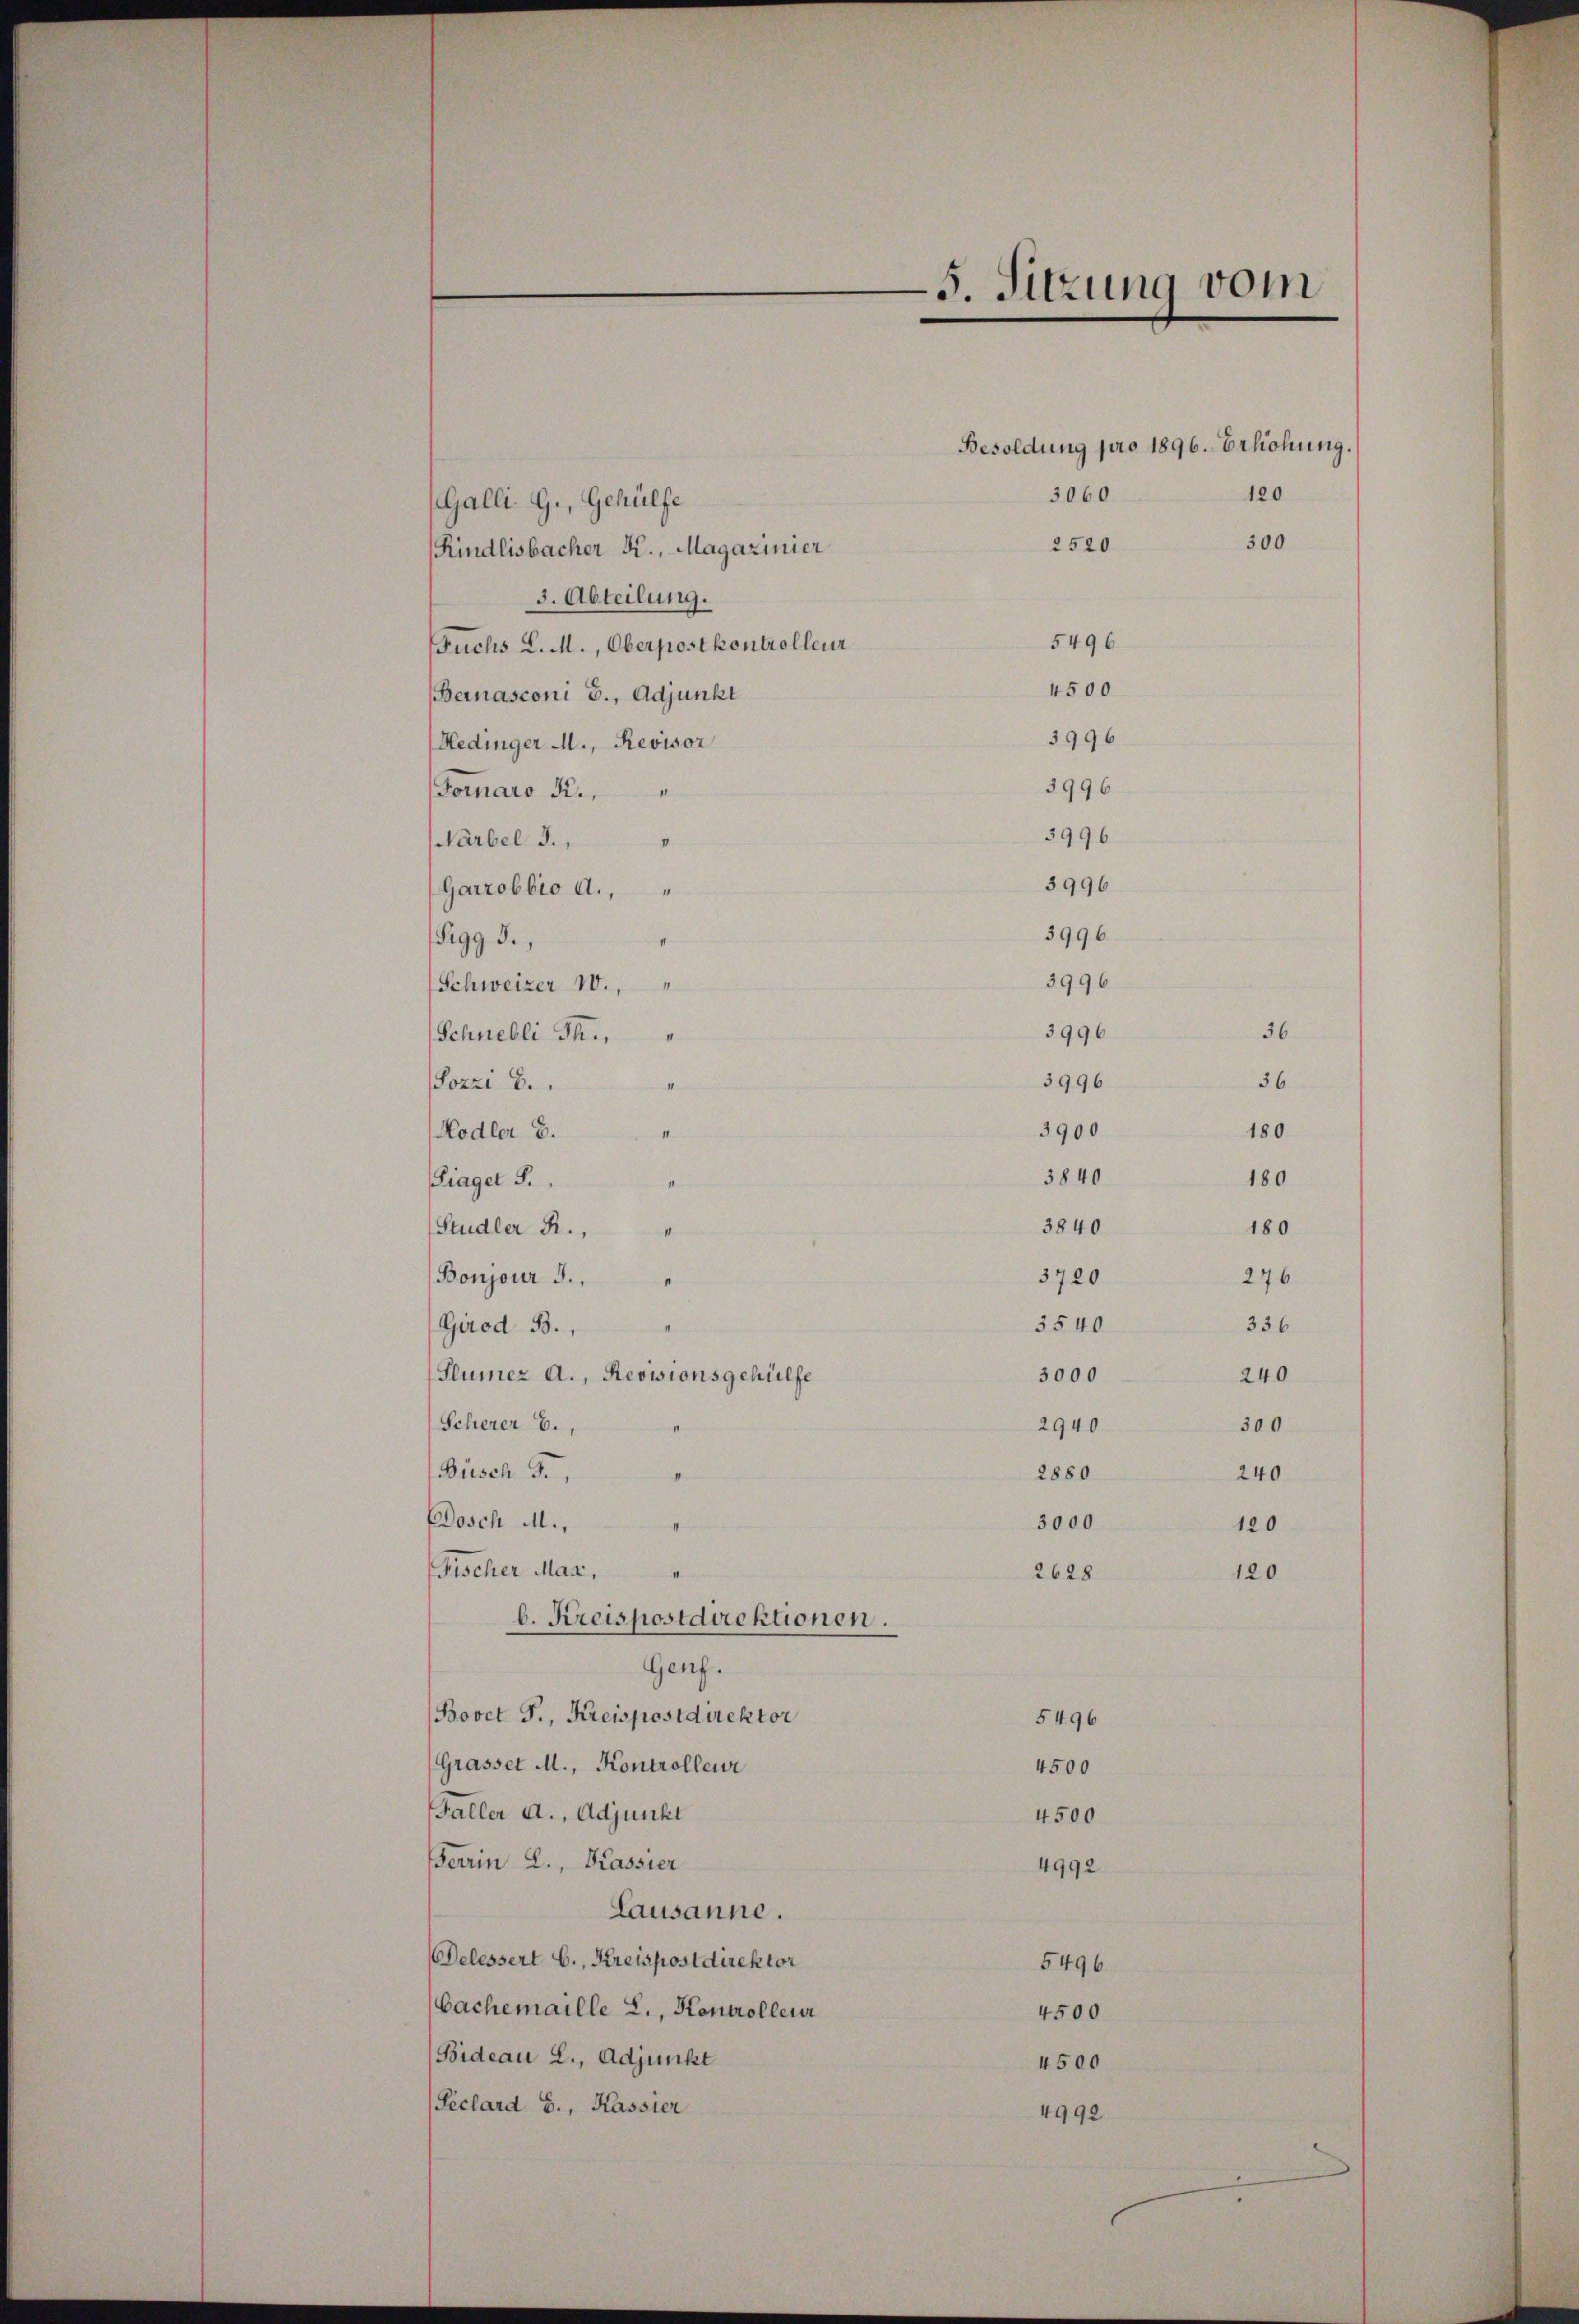
Galli G., Gehülfe
Rindlisbacher K., Magazinier
3. Abteilung.
Fuchs L. M., Oberpostkontrolleur
Bernasconi b., Adjunkt
Hedinger M., Revisor
Fornaro K.,
Narbel J.,
Garrobbro a.,
1
gg 3.,
Schweizer 10.
Schnelli Th.
Sozzi b.
II
II
Hodler B.
Piaget S.
1
Sudler R.,
11
Bonjour d.
I
Girod B.
Slumez A., Revisionsgehülfe
3000
Scherer B.,
2940
Busch 3.,
2880
Dosch M.,
3000
Fischer Max,
1
2628
b. Kreispostdirektionen.
Genf.
Bovet J., Kreispostdirektor
5496
Grasset M., Kontrolleur
4500
Faller A. Adjunkt
4500
Ferrin L., Kassier
4992
Lausanne.
Delessert C., Kreispostdirektor
5496
Cachemaille L., Kontrolleur
4500
Bideau L., Adjunkt
4500
Peclard S., Kassier
4992

-5. Sitzung vom

Besoldung pro 1896. Erhöhung.
120
3060

3996
3996
5996
3996
3996
3996
3996
3996
3900
3840
3840
3720
3540

5496
4500

2520

300

120

180

180
180
276
336
240
300
240
120